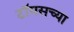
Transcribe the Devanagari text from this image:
टॉमसच्या